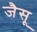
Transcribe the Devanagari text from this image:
जैसू